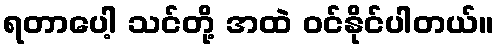
ရတာပေါ့ သင်တို့ အထဲ ဝင်နိုင်ပါတယ်။